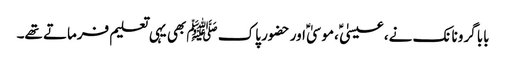
بابا گرونانک نے، عیسیٰ ؑ ،موسیٰ ؑ اور حضور پاک ﷺ بھی یہی تعلیم فرماتے تھے۔